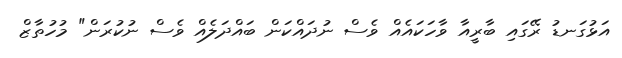
އަޅުގަނޑު ރޭގައި ބާރީއާ ވާހަކައެއް ވެސް ނުދައްކަން ބައްދަލެއް ވެސް ނުކުރަން" މުހުތާޒް